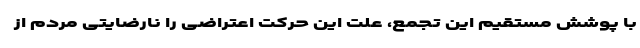
با پوشش مستقیم این تجمع، علت این حرکت اعتراضی را نارضایتی مردم از